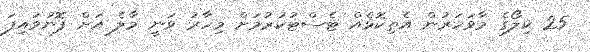
25 ކިލޯގެ މާވަހަރުން އެތިކޮޅެއް ޓެސްޓުކުރުމަށް މިހާރު ވަނީ މާލެ އަށް ފޮނުވައިފަ